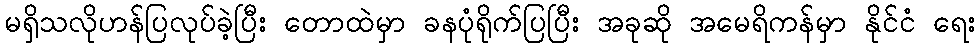
မရှိသလိုဟန်ပြလုပ်ခဲ့ပြီး တောထဲမှာ ခနပုံရိုက်ပြပြီး အခုဆို အမေရိကန်မှာ နိုင်ငံ ရေး